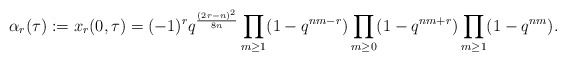
\begin{align*}\alpha_r(\tau):=x_r(0,\tau)=(-1)^r q^{\frac{(2r-n)^2}{8n}}\prod_{m \geq 1}(1-q^{nm-r})\prod_{m \geq 0}(1-q^{nm+r})\prod_{m \geq 1}(1-q^{nm}).\end{align*}